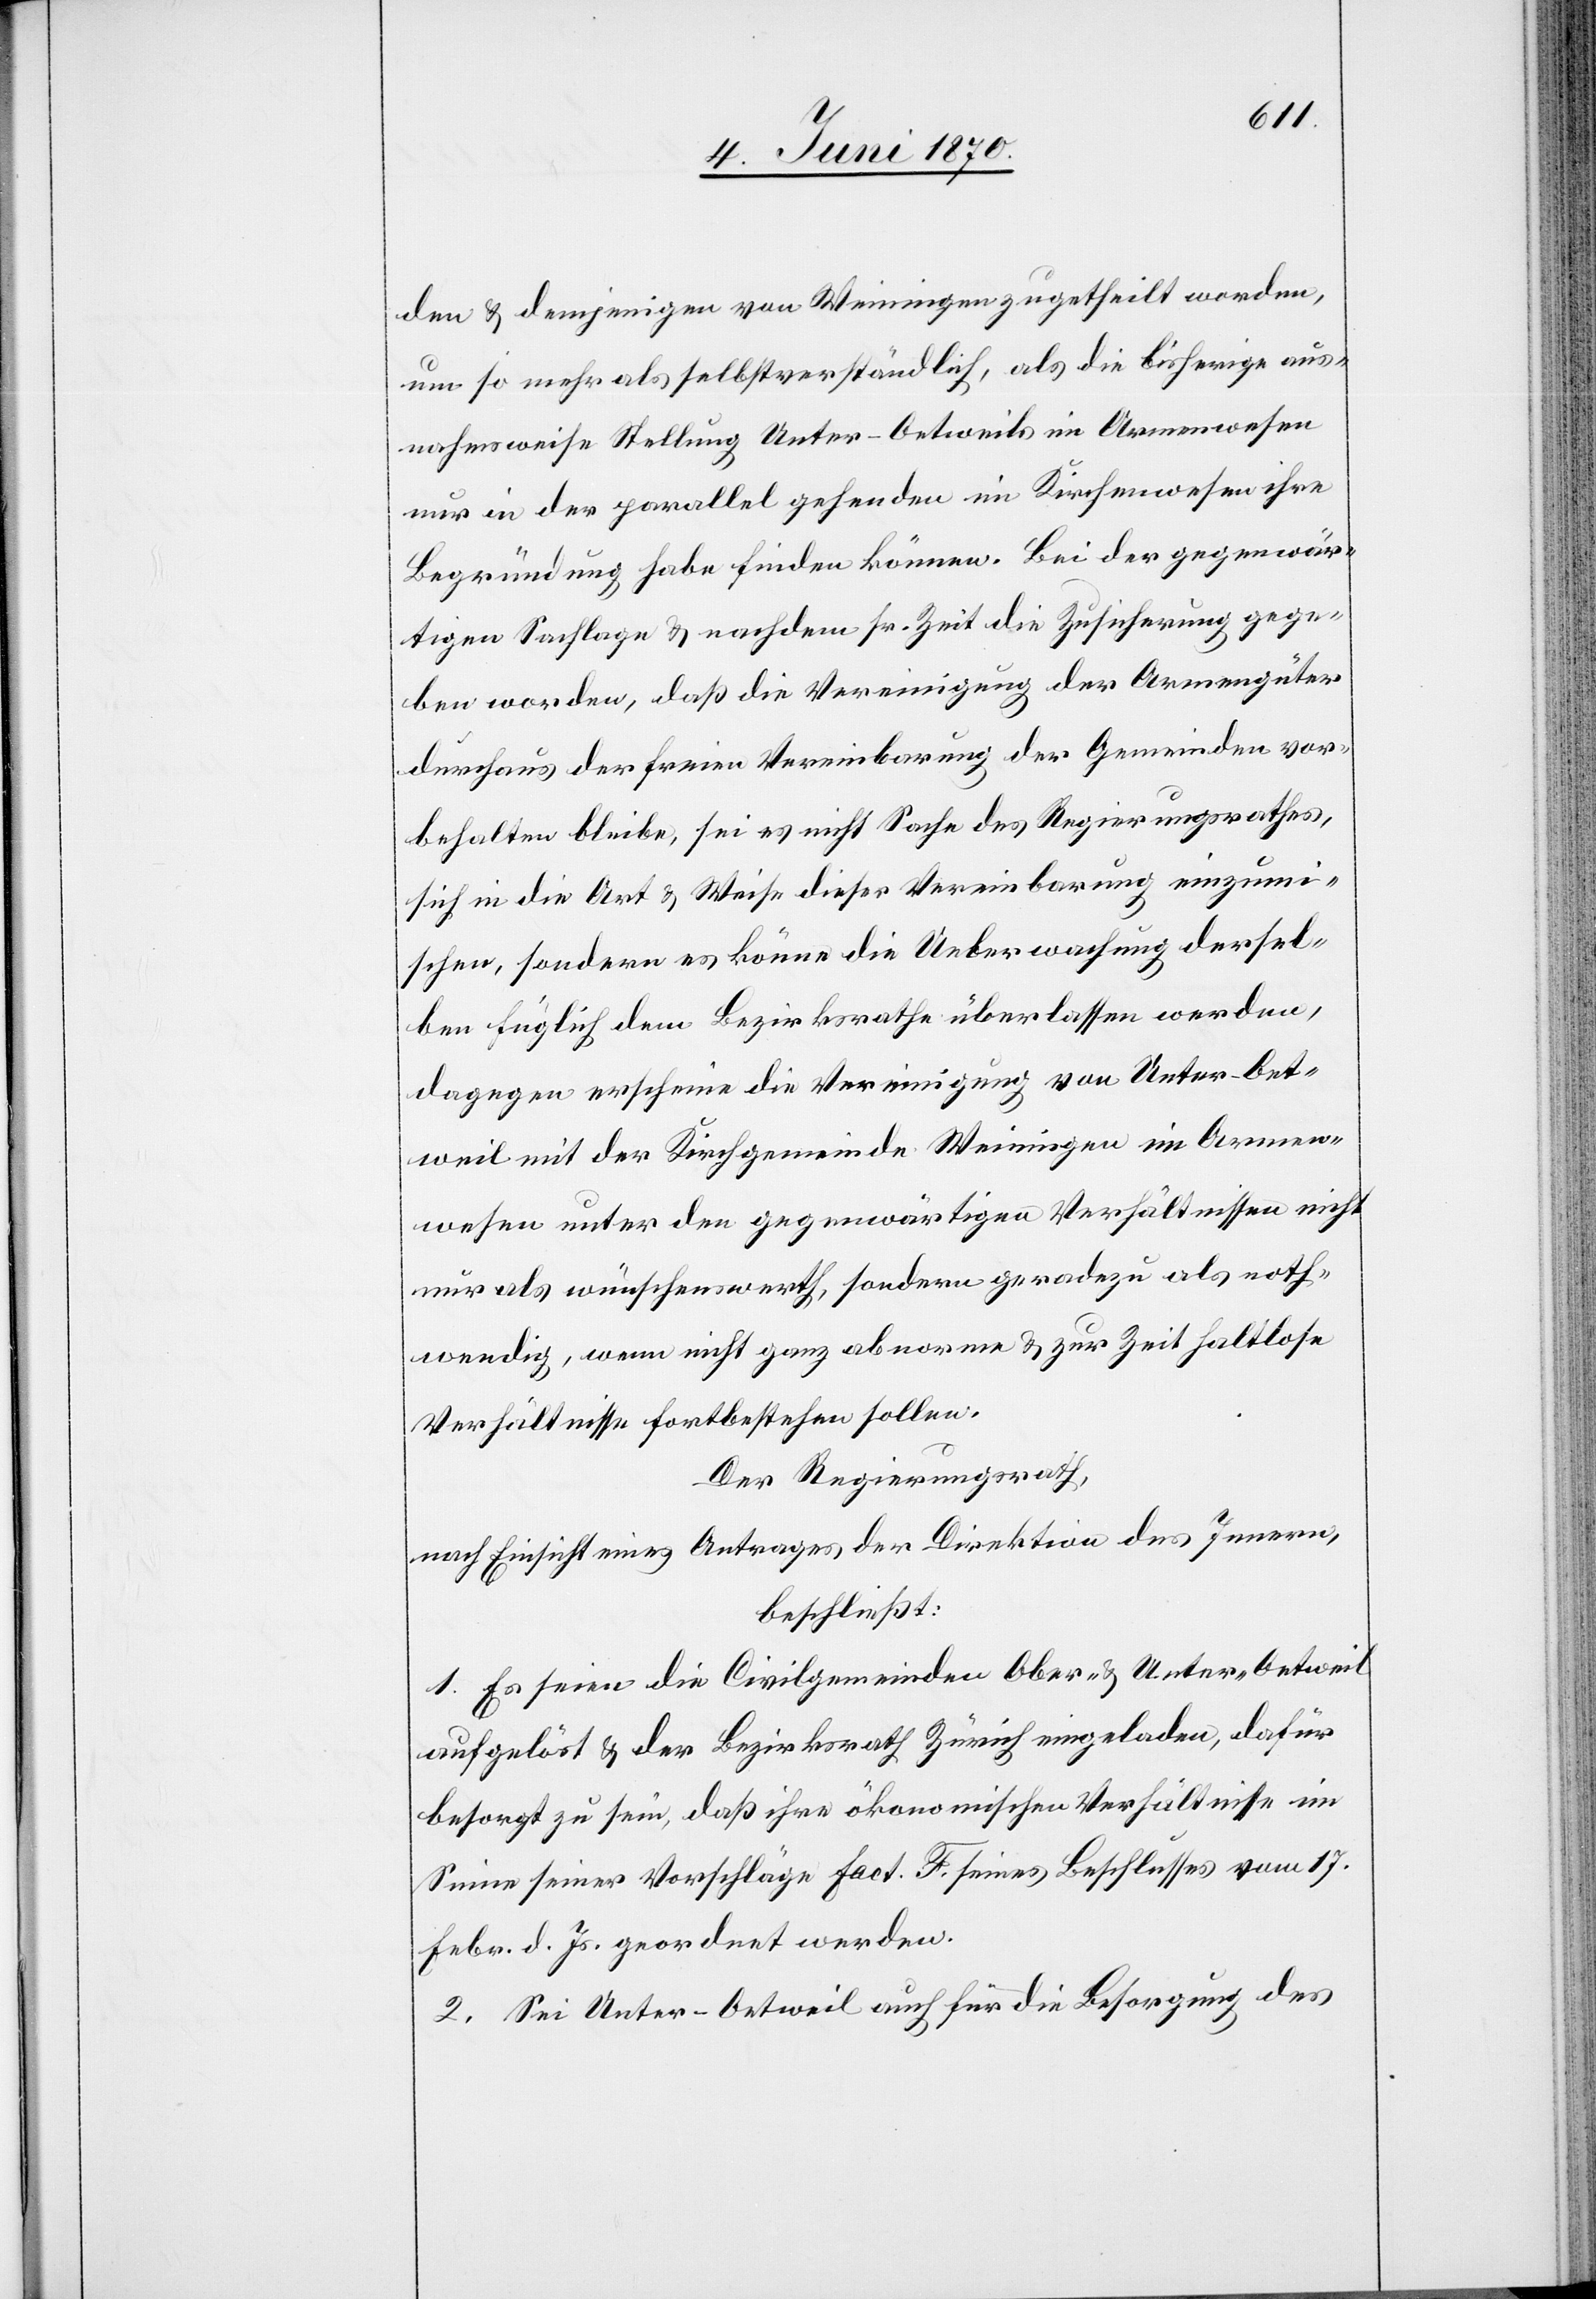
den & demjenigen von Weiningen zugetheilt worden,
um so mehr als selbstverständlich, als die bisherige aus¬
nahmsweise Stellung Unter-Oetweils im Armenwesen
nur in der parallel gehenden im Kirchenwesen ihre
Begründung habe finden können. Bei der gegenwär¬
tigen Sachlage & nachdem sr. Zt. die Zusicherung gege¬
ben worden, daß die Vereinigung der Armengüter
durchaus der freien Vereinbarung der Gemeinden vor¬
behalten bleibe, sei es nicht Sache des Regierungsrathes,
sich in die Art & Weise dieser Vereinbarung einzumi¬
schen, sondern es könne die Ueberwachung dersel¬
ben füglich dem Bezirksrathe überlassen werden,
dagegen erscheine die Vereinigung von Unter-Oet¬
weil mit der Kirchgemeinde Weiningen im Armen¬
wesen unter den gegenwärtigen Verhältnissen nicht
nur als wünschenswerth, sondern geradezu als noth¬
wendig, wenn nicht ganz abnorme & zur Zeit haltlose
Verhältnisse fortbestehen sollen.
Der Regierungsrath,
nach Einsicht eines Antrages der Direktion des Innern,
beschließt:
1. Es seien die Civilgemeinden Ober- & Unter-Oetweil
aufgelöst & der Bezirksrath Zürich eingeladen, dafür
besorgt zu sein, daß ihre ökonomischen Verhältnisse im
Sinne seiner Vorschläge fact. F. seines Beschlusses vom 17.
Febr. d. Js. geordnet werden.
2. Sei Unter-Oetweil auch für die Besorgung des